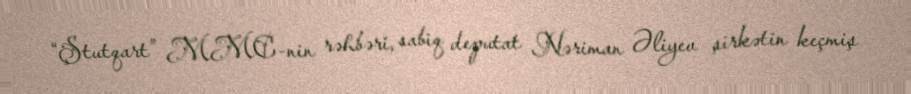
“Ştutqart” MMC-nin rəhbəri, sabiq deputat Nəriman Əliyev şirkətin keçmiş